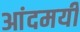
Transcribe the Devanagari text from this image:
आंदमयी